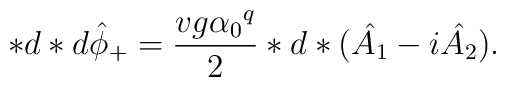
*d*d{\hat{\phi}}_{+} = \frac{vg{\alpha_0}^{q}}{2} *d*(\hat{A_1} -i\hat{A_2}) .